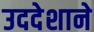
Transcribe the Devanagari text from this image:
उददेशाने